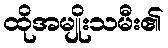
ထိုအမျိုးသမီး၏